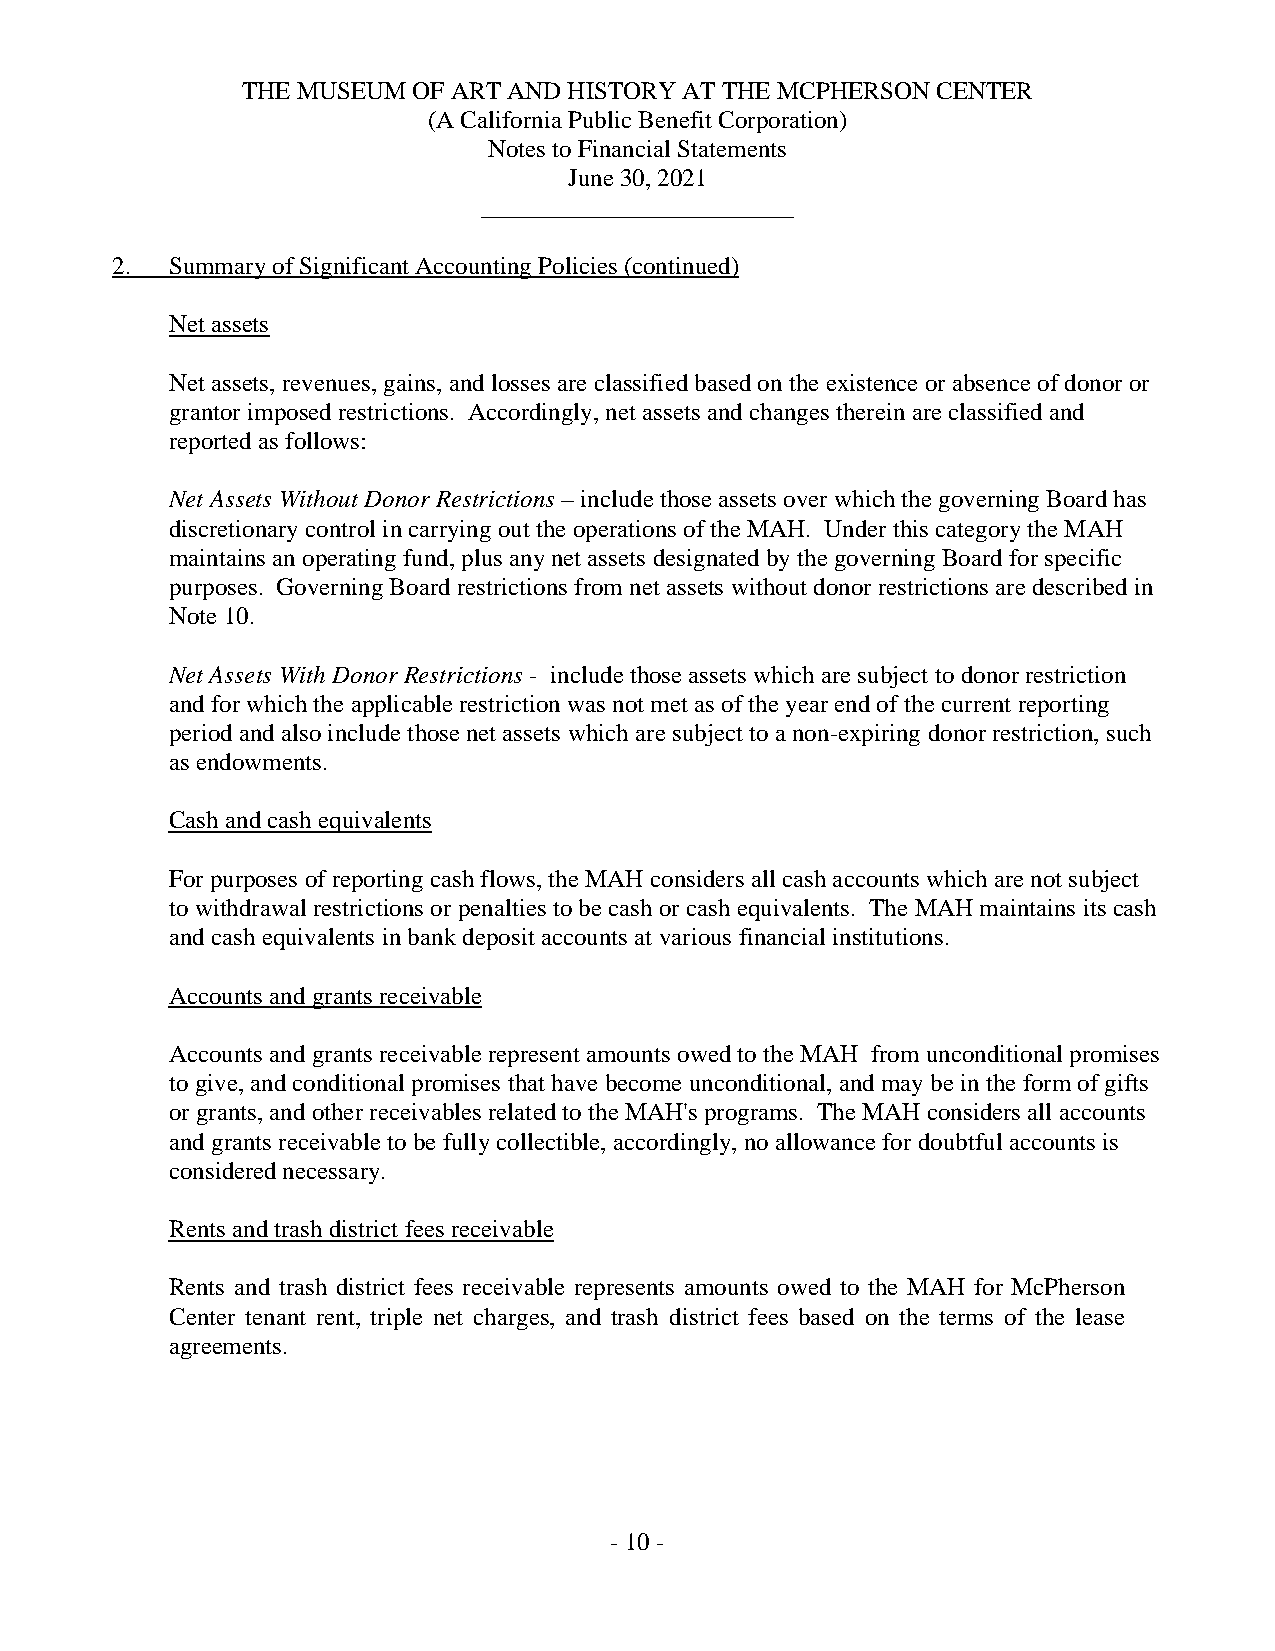
THE MUSEUM OF ART AND HISTORY AT THE MCPHERSON CENTER
 (A California Public Benefit Corporation)
 Notes to Financial Statements
 June 30, 2021
 _________________________
 2.  Summary of Significant Accounting Policies (continued)
 Net assets
 Net assets, revenues, gains, and losses are classified based on the existence or absence of donor or
 grantor imposed restrictions. Accordingly, net assets and changes therein are classified and
 reported as follows:
 Net Assets Without Donor Restrictions – include those assets over which the governing Board has
 discretionary control in carrying out the operations of the MAH. Under this category the MAH
 maintains an operating fund, plus any net assets designated by the governing Board for specific
 purposes. Governing Board restrictions from net assets without donor restrictions are described in
 Note 10.
 Net Assets With Donor Restrictions - include those assets which are subject to donor restriction
 and for which the applicable restriction was not met as of the year end of the current reporting
 period and also include those net assets which are subject to a non-expiring donor restriction, such
 as endowments.
 Cash and cash equivalents
 For purposes of reporting cash flows, the MAH considers all cash accounts which are not subject
 to withdrawal restrictions or penalties to be cash or cash equivalents. The MAH maintains its cash
 and cash equivalents in bank deposit accounts at various financial institutions.
 Accounts and grants receivable
 Accounts and grants receivable represent amounts owed to the MAH from unconditional promises
 to give, and conditional promises that have become unconditional, and may be in the form of gifts
 or grants, and other receivables related to the MAH's programs. The MAH considers all accounts
 and grants receivable to be fully collectible, accordingly, no allowance for doubtful accounts is
 considered necessary.
 Rents and trash district fees receivable
 Rents and trash district fees receivable represents amounts owed to the MAH for McPherson
 Center tenant rent, triple net charges, and trash district fees based on the terms of the lease
 agreements.
 - 10 -